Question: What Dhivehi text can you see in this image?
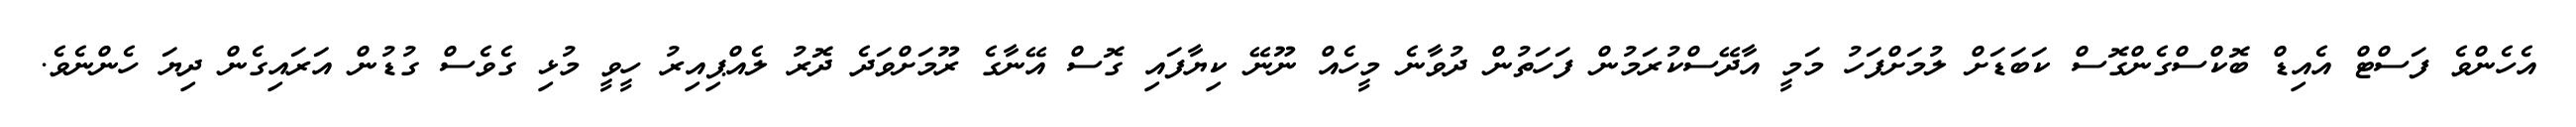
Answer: އެހެންވެ ފަސްޓް އެއިޑް ބޮކްސްގެންގޮސް ކަބަޑަށް ލުމަށްފަހު މަމީ އާދޭސްކުރަމުން ފަހަތުން ދުވާނެ މީހެއް ނޫނޭ ކިޔާފައި ގޮސް އޭނާގެ ރޫމަށްވަދެ ދޮރު ލެއްޕިއިރު ހީވީ މުޅި ގެވެސް ގުޑުން އަރައިގެން ދިޔަ ހެންނެވެ.